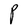
Character: P